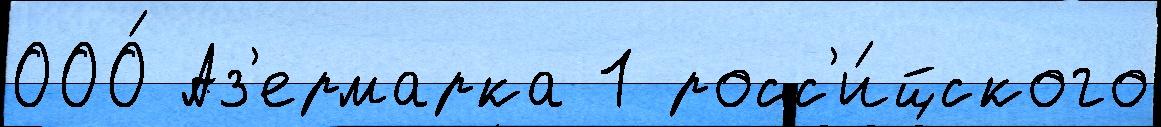
ООО́ Аз'ермарка 1 росс'и́йского